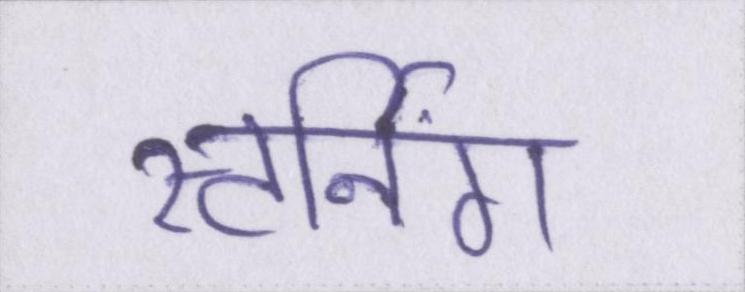
स्टर्निंग